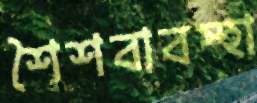
শৈশবাবস্হা